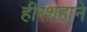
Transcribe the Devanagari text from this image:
हीरशहाने